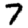
Digit: 7